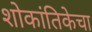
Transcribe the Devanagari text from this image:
शोकांतिकेचा